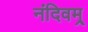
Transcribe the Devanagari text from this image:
नंदिवम्र्